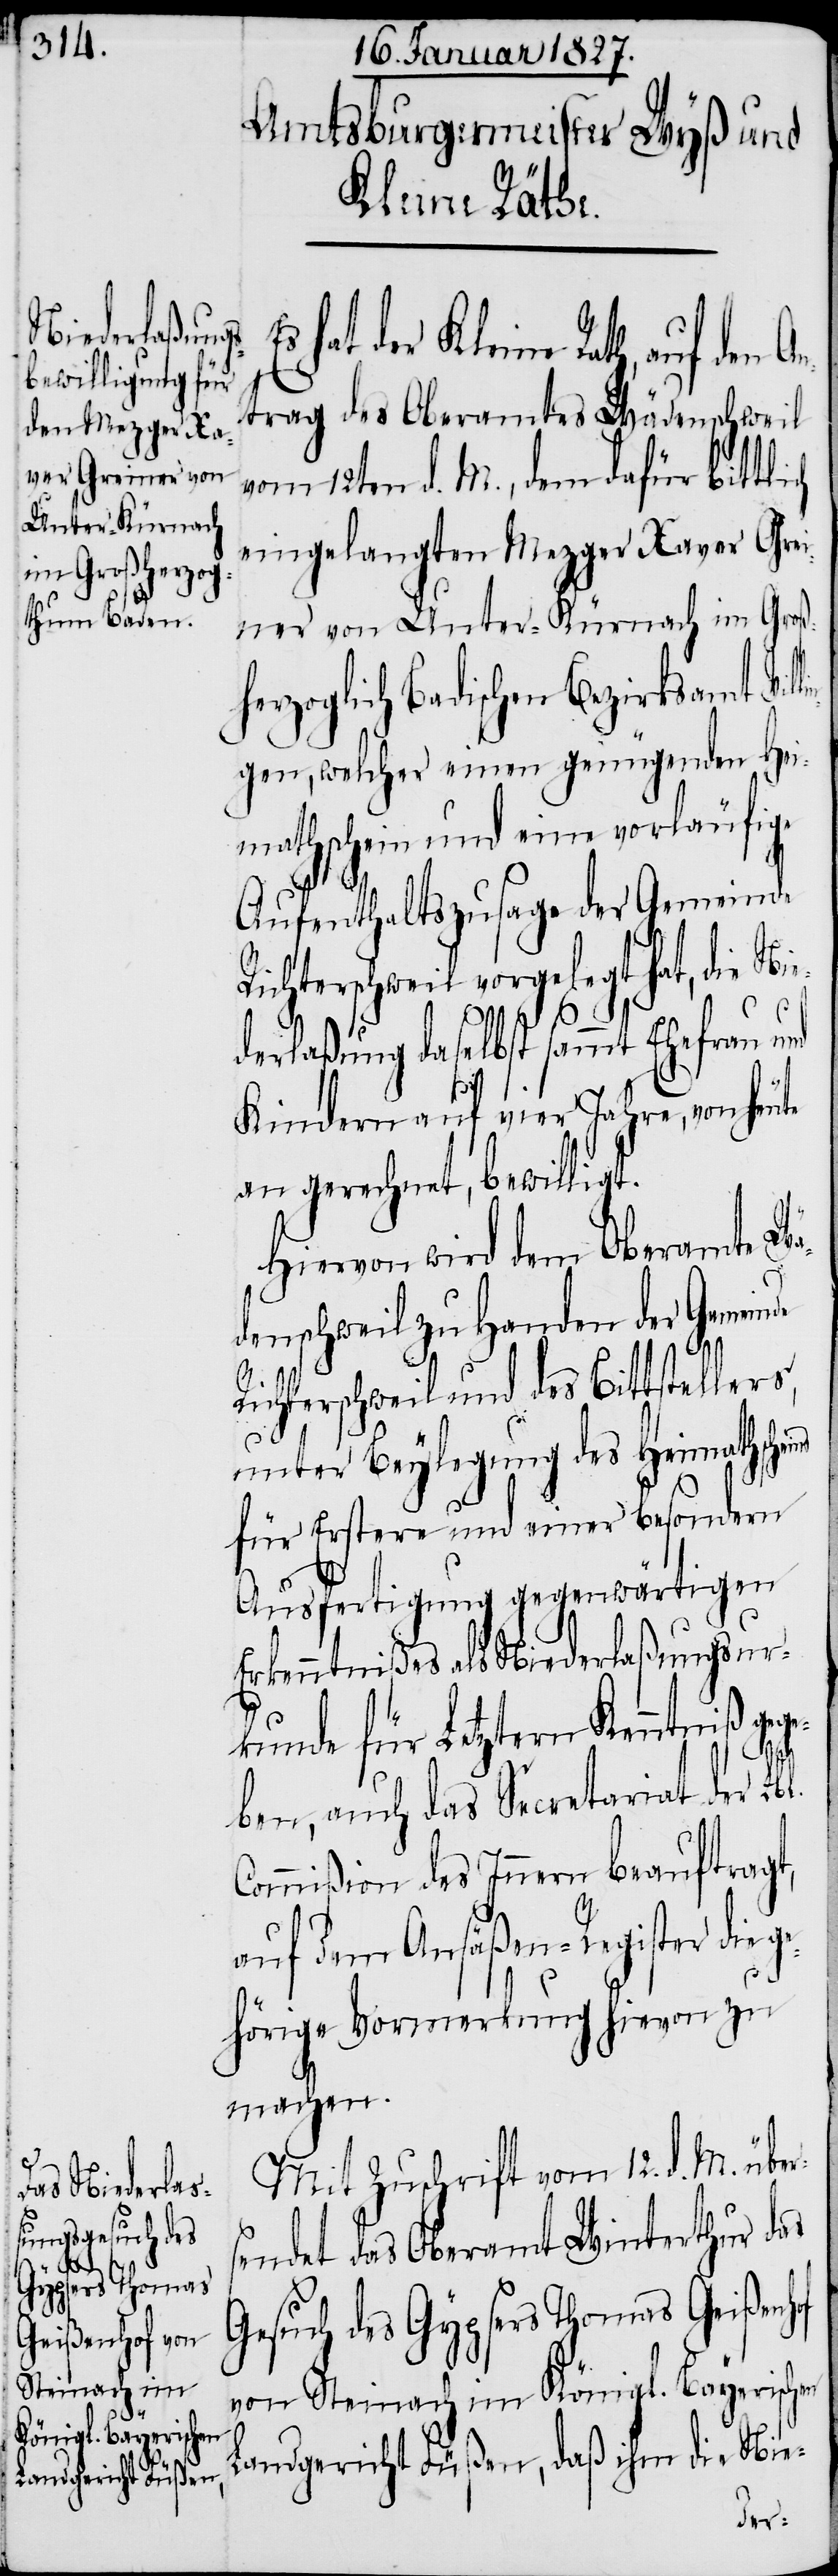
s¬
of

Kleine Rath,
trag des Oberamtes Wädenschweil
vom 12ten d. M., dem dafür bittli¬
eingelangten Mezger Xaver Grei¬
ner von Unter-Kürnach im Groß¬
zoglich Badischen Bezirksamt Vil¬
gen, welcher einen genügenden Hei¬
mathschein und eine vorläufige
Aufenthaltszusage der Gemeinde
Richterschweil vorgelegt hat, die Ni¬
ederlaßung daselbst sammt Ehefrau und
Kindern auf vier Jahre, von heute
an gerechnet, bewilligt.
Hiervon wird dem Oberamte Wä¬
denschweil zu Handen der Gemeinde
Richterschweil und des Bittstellers,
unter Beylegung des Heimathsche¬
für Erstere und einer besondern
Ausfertigung gegenwärtigen
Erkenntnißes als Niederlaßungsur¬
kunde für Letztern Kenntniß geg¬
l.
eben, auch das Secretariat der Lb¬
Commißion des Innern beauftragt,
auf dem Ansäßen-Register die
gehörige Vormerkung hievon zu
machen.
Mit Zuschrift vom 12. d. M. über¬
endet das Oberamt Winterthur das
Gesuch des Gypsers Thomas Geißenh¬
von Steinach im Königl. Bayerischen
Landgericht Füßen, daß ihm die Nie-
her¬